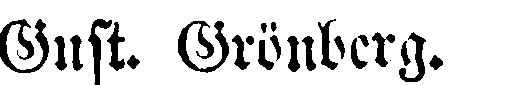
Gust. Grönberg.